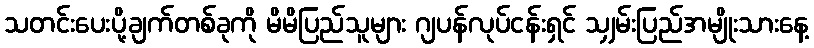
သတင်းပေးပို့ချက်တစ်ခုကို မိမိပြည်သူများ ဂျပန်လုပ်ငန်းရှင် သျှမ်းပြည်အမျိုးသားနေ့